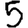
Digit: 5